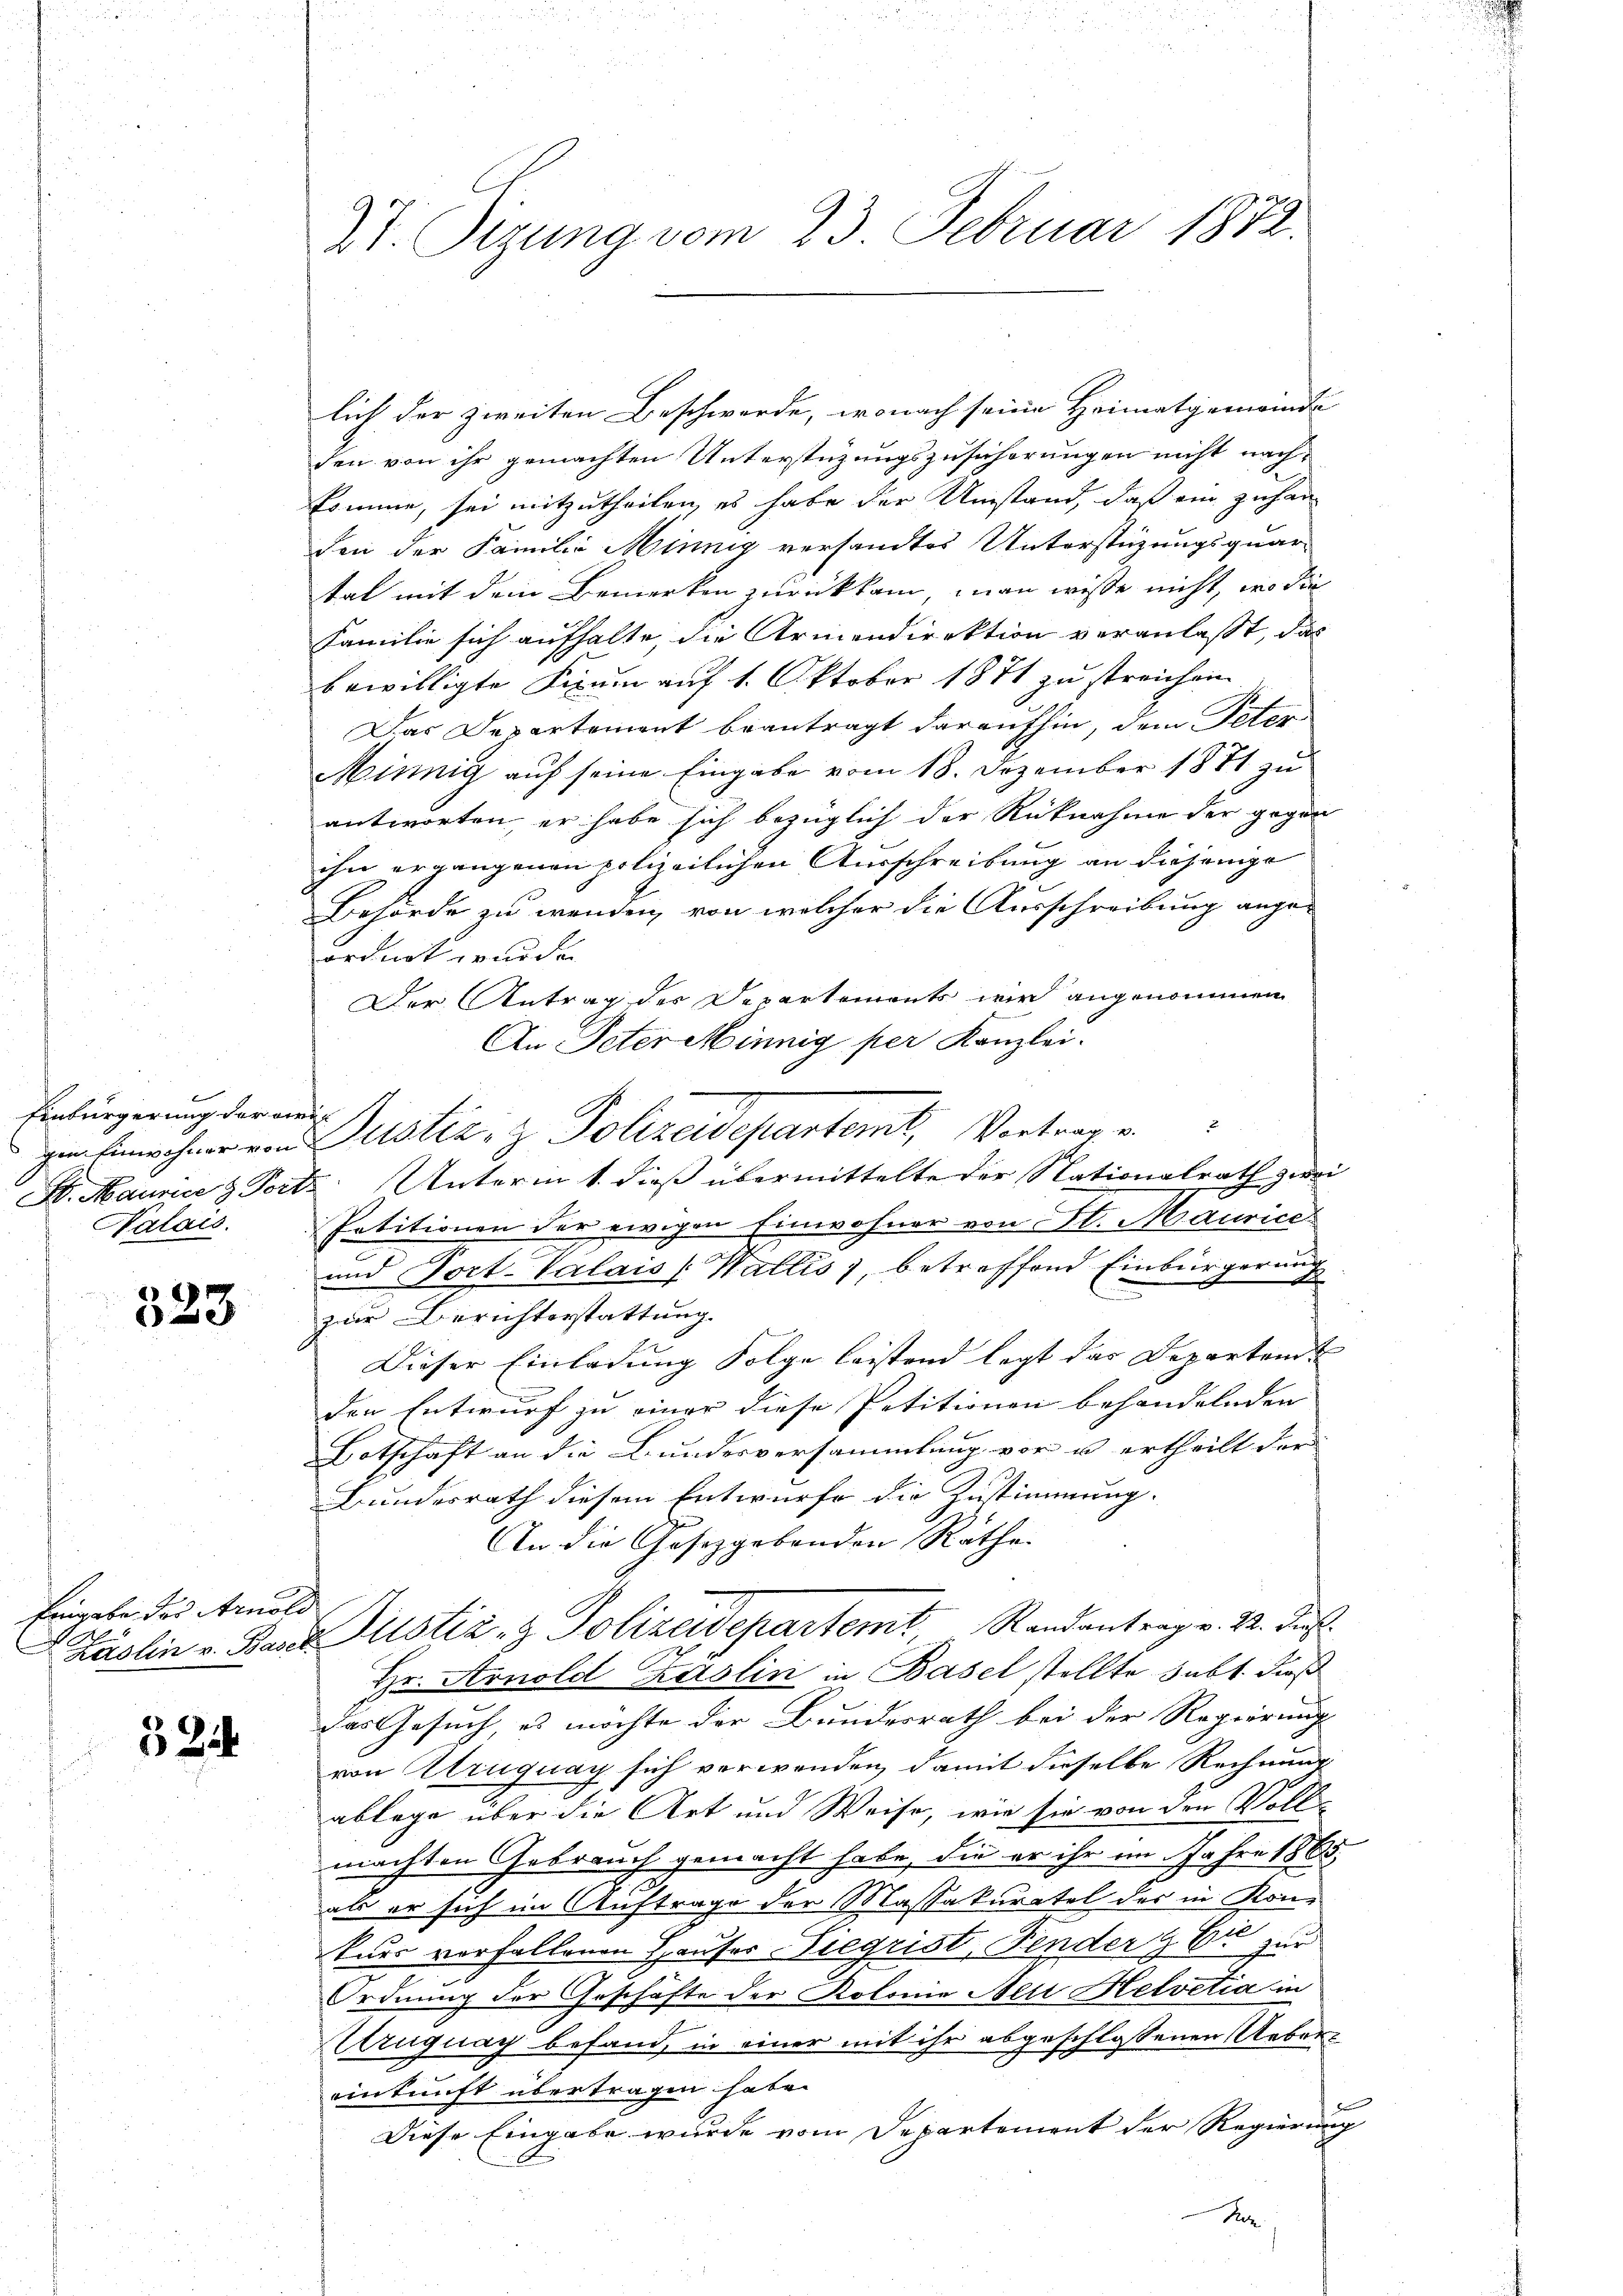
Einbürgerung der drin
Nalais.

323

Eingabe der Arnold

524

Dr. Sizung vom 23. Februar 1872.

lich der zweiten Beschwerde, wonach seine Heimatgemeinde
den von ihr gemachten Unterstüzungszusicherungen nicht nachkomme, sei mitzutheilen, es habe der Umstand, daß ein zuhanden der Familie Minnig versandtes Unterstüzungsquar
tal mit dem Bemerken zurückkam, man wisse nicht, wo die
Familie sich aufhalte, die Armendirektion veranlasst, das
bewilligte Fixum auf 1. Oktober 1871 zu streichen
Das Departement beantragt daraufhin, dem Peter
Minnig auf seine Eingabe vom 18. Dezember 1871 zu
antworten, er habe sich bezüglich der Rücknahme der gegen
ihn ergangenen polizeilichen Ausschreibung an diejenige
Behörde zu wenden, von welcher die Ausschreibung angeordnet wurden.
Der Antrag der Departements wird angenommen
An Peter Minnig per Kanzlei.
S. Maurie z. Porte Unterm 1. dieß übermittelte der Nationalrath zwei
Potitionen der ewigen Einwohner von St. Maurice
und Port-Valais (Wallis, betreffend Einbürgerung
C
zur Berichterstattung
Dieser Einladung Folge leistend legt das Departen u
den Entwurf zu einer diese Petitionen behandelnden
Botschaft an die Bundesversammlung vor u. ertheilt der
Bundesrath diesem Entwurfe die Zustimmung.
An die Gesetzgebenden Rathe.
Käslin v. Bank. Justiz- & Polizeidepartemt, Randantrag v. 24. Just
Hr. Arnold Kaslin in Basel stellte subt. dieß
das Gesuch, es möchte der Bundesrath bei der Regierung
von Atruguay sich verwenden, damit dieselbe Rechnung
ablege über die Art und Weise, wie sie von den Voll-
machten Gebrauch gemacht habe, die er ihr im Jahre 1865.
als er sich im Auftrage der Massakuratel des in Kontuer vorfallenen Hauser Siegrist, Fender & Er zur
Ordnung der Geschäfte der Kolonie Nei Helvetia in
Uruguay befand, in einer mit ihr abgeschlossenen Uebereinkunft übertragen habe.
Diese Eingabe wurde vom Departement der Regierung
Re

h von Justiz- & Polizeidepartemt, Vortrag u.